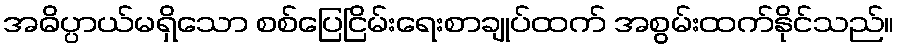
အဓိပ္ပာယ်မရှိသော စစ်ပြေငြိမ်းရေးစာချုပ်ထက် အစွမ်းထက်နိုင်သည်။